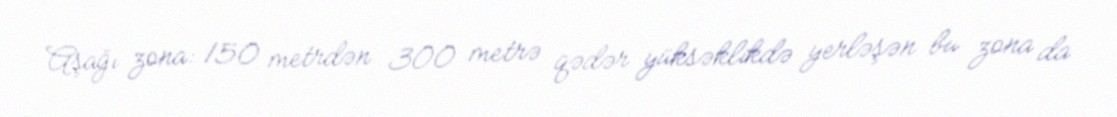
Aşağı zona: 150 metrdən 300 metrə qədər yüksəklikdə yerləşən bu zona da